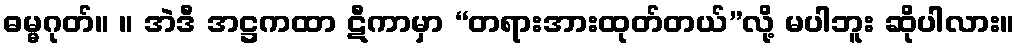
ဓမ္မဂုတ်။ ။ အဲဒီ အဋ္ဌကထာ ဋီကာမှာ “တရားအားထုတ်တယ်”လို့ မပါဘူး ဆိုပါလား။